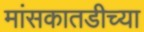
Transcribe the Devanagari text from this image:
मांसकातडीच्या